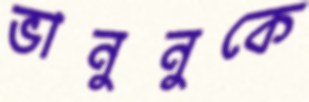
ভানুনুকে